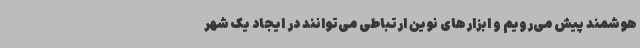
هوشمند پیش می‌رویم و ابزارهای نوین ارتباطی می‌توانند در ایجاد یک شهر